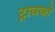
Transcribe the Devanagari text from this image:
ट्रावको